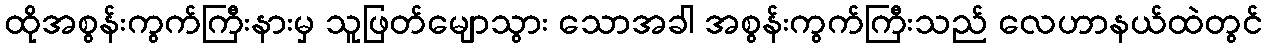
ထိုအစွန်းကွက်ကြီးနားမှ သူဖြတ်မျောသွား သောအခါ အစွန်းကွက်ကြီးသည် လေဟာနယ်ထဲတွင်